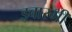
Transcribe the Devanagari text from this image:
इबारगी